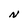
Character: N